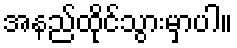
အနည်ထိုင်သွားမှာပါ။